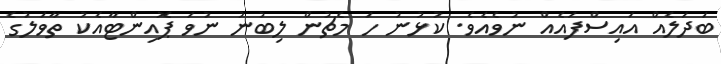
ބަދަލެއް އައިސްފައެއް ނުވެއެވެ. ކުޅުނު ހަ މެޗުން ލިބުނު ނުވަ ޕޮއިންޓާއެކު ތާވަލުގެ